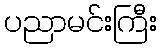
ပညာမင်းကြီး